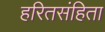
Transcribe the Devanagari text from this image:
हरितसंहिता